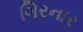
ગિરનાર